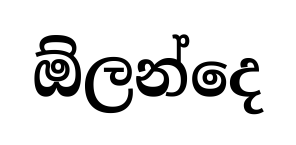
ඕලන්දෙ